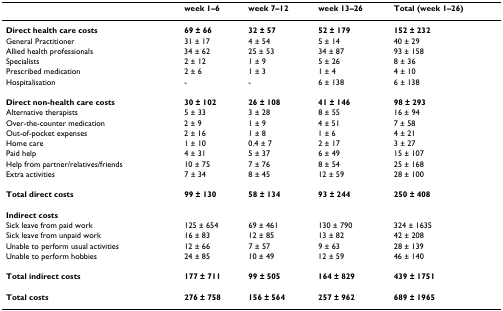
<table><thead><tr><td></td><td><b>week 1–6</b></td><td><b>week 7–12</b></td><td><b>week 13–26</b></td><td><b>Total (week 1–26)</b></td></tr></thead><tbody><tr><td><b>Direct health care costs</b></td><td><b>69 ± 66</b></td><td><b>32 ± 57</b></td><td><b>52 ± 179</b></td><td><b>152 ± 232</b></td></tr><tr><td>General Practitioner</td><td>31 ± 17</td><td>4 ± 54</td><td>5 ± 14</td><td>40 ± 29</td></tr><tr><td>Allied health professionals</td><td>34 ± 62</td><td>25 ± 53</td><td>34 ± 87</td><td>93 ± 158</td></tr><tr><td>Specialists</td><td>2 ± 12</td><td>1 ± 9</td><td>5 ± 26</td><td>8 ± 36</td></tr><tr><td>Prescribed medication</td><td>2 ± 6</td><td>1 ± 3</td><td>1 ± 4</td><td>4 ± 10</td></tr><tr><td>Hospitalisation</td><td>-</td><td>-</td><td>6 ± 138</td><td>6 ± 138</td></tr><tr><td><b>Direct non-health care costs</b></td><td><b>30 ± 102</b></td><td><b>26 ± 108</b></td><td><b>41 ± 146</b></td><td><b>98 ± 293</b></td></tr><tr><td>Alternative therapists</td><td>5 ± 33</td><td>3 ± 28</td><td>8 ± 55</td><td>16 ± 94</td></tr><tr><td>Over-the-counter medication</td><td>2 ± 9</td><td>1 ± 9</td><td>4 ± 51</td><td>7 ± 58</td></tr><tr><td>Out-of-pocket expenses</td><td>2 ± 16</td><td>1 ± 8</td><td>1 ± 6</td><td>4 ± 21</td></tr><tr><td>Home care</td><td>1 ± 10</td><td>0.4 ± 7</td><td>2 ± 17</td><td>3 ± 27</td></tr><tr><td>Paid help</td><td>4 ± 31</td><td>5 ± 37</td><td>6 ± 49</td><td>15 ± 107</td></tr><tr><td>Help from partner/relatives/friends</td><td>10 ± 75</td><td>7 ± 76</td><td>8 ± 54</td><td>25 ± 168</td></tr><tr><td>Extra activities</td><td>7 ± 34</td><td>8 ± 45</td><td>12 ± 59</td><td>28 ± 100</td></tr><tr><td><b>Total direct costs</b></td><td><b>99 ± 130</b></td><td><b>58 ± 134</b></td><td><b>93 ± 244</b></td><td><b>250 ± 408</b></td></tr><tr><td><b>Indirect costs</b></td><td></td><td></td><td></td><td></td></tr><tr><td>Sick leave from paid work</td><td>125 ± 654</td><td>69 ± 461</td><td>130 ± 790</td><td>324 ± 1635</td></tr><tr><td>Sick leave from unpaid work</td><td>16 ± 83</td><td>12 ± 85</td><td>13 ± 82</td><td>42 ± 208</td></tr><tr><td>Unable to perform usual activities</td><td>12 ± 66</td><td>7 ± 57</td><td>9 ± 63</td><td>28 ± 139</td></tr><tr><td>Unable to perform hobbies</td><td>24 ± 85</td><td>10 ± 49</td><td>12 ± 59</td><td>46 ± 140</td></tr><tr><td><b>Total indirect costs</b></td><td><b>177 ± 711</b></td><td><b>99 ± 505</b></td><td><b>164 ± 829</b></td><td><b>439 ± 1751</b></td></tr><tr><td><b>Total costs</b></td><td><b>276 ± 758</b></td><td><b>156 ± 564</b></td><td><b>257 ± 962</b></td><td><b>689 ± 1965</b></td></tr></tbody></table>